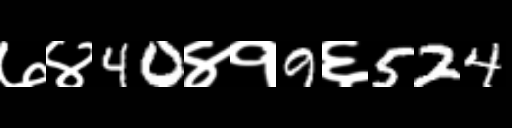
Text: ७४40४१9६524